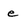
Character: e